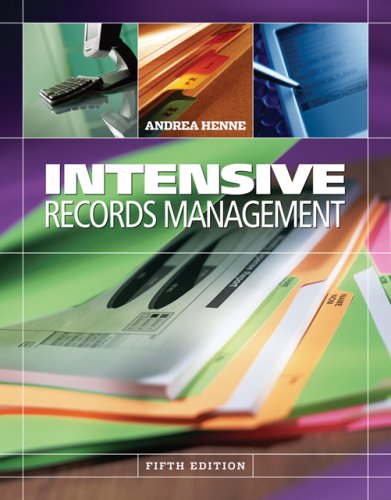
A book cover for Intensive Records Management; Andrea Henne; Business & Money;